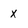
Character: x